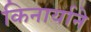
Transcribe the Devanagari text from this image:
किनार्याने